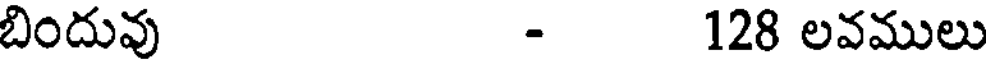
బిందువు - 128 లవములు